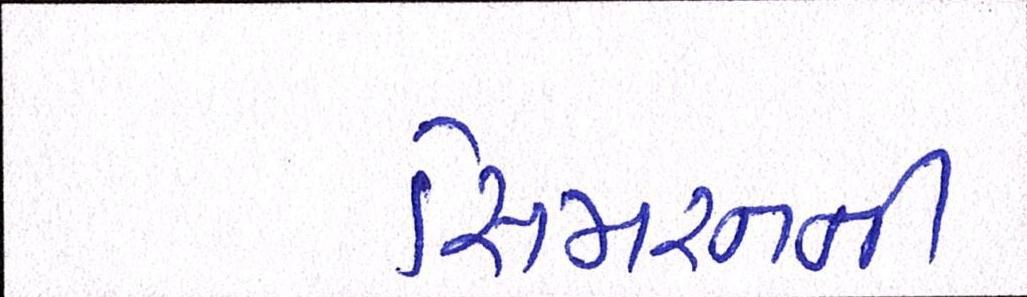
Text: સિમરનની